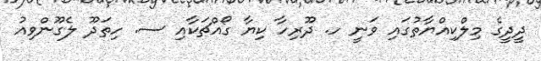
ދީދީގެ މިލްކިއްޔާތުގައި ވަނީ ހ. ދޫރިހާ ކިޔާ ގޯއްޗަކާއި ސ. ހިތަދޫ ލެގޫންވިއު